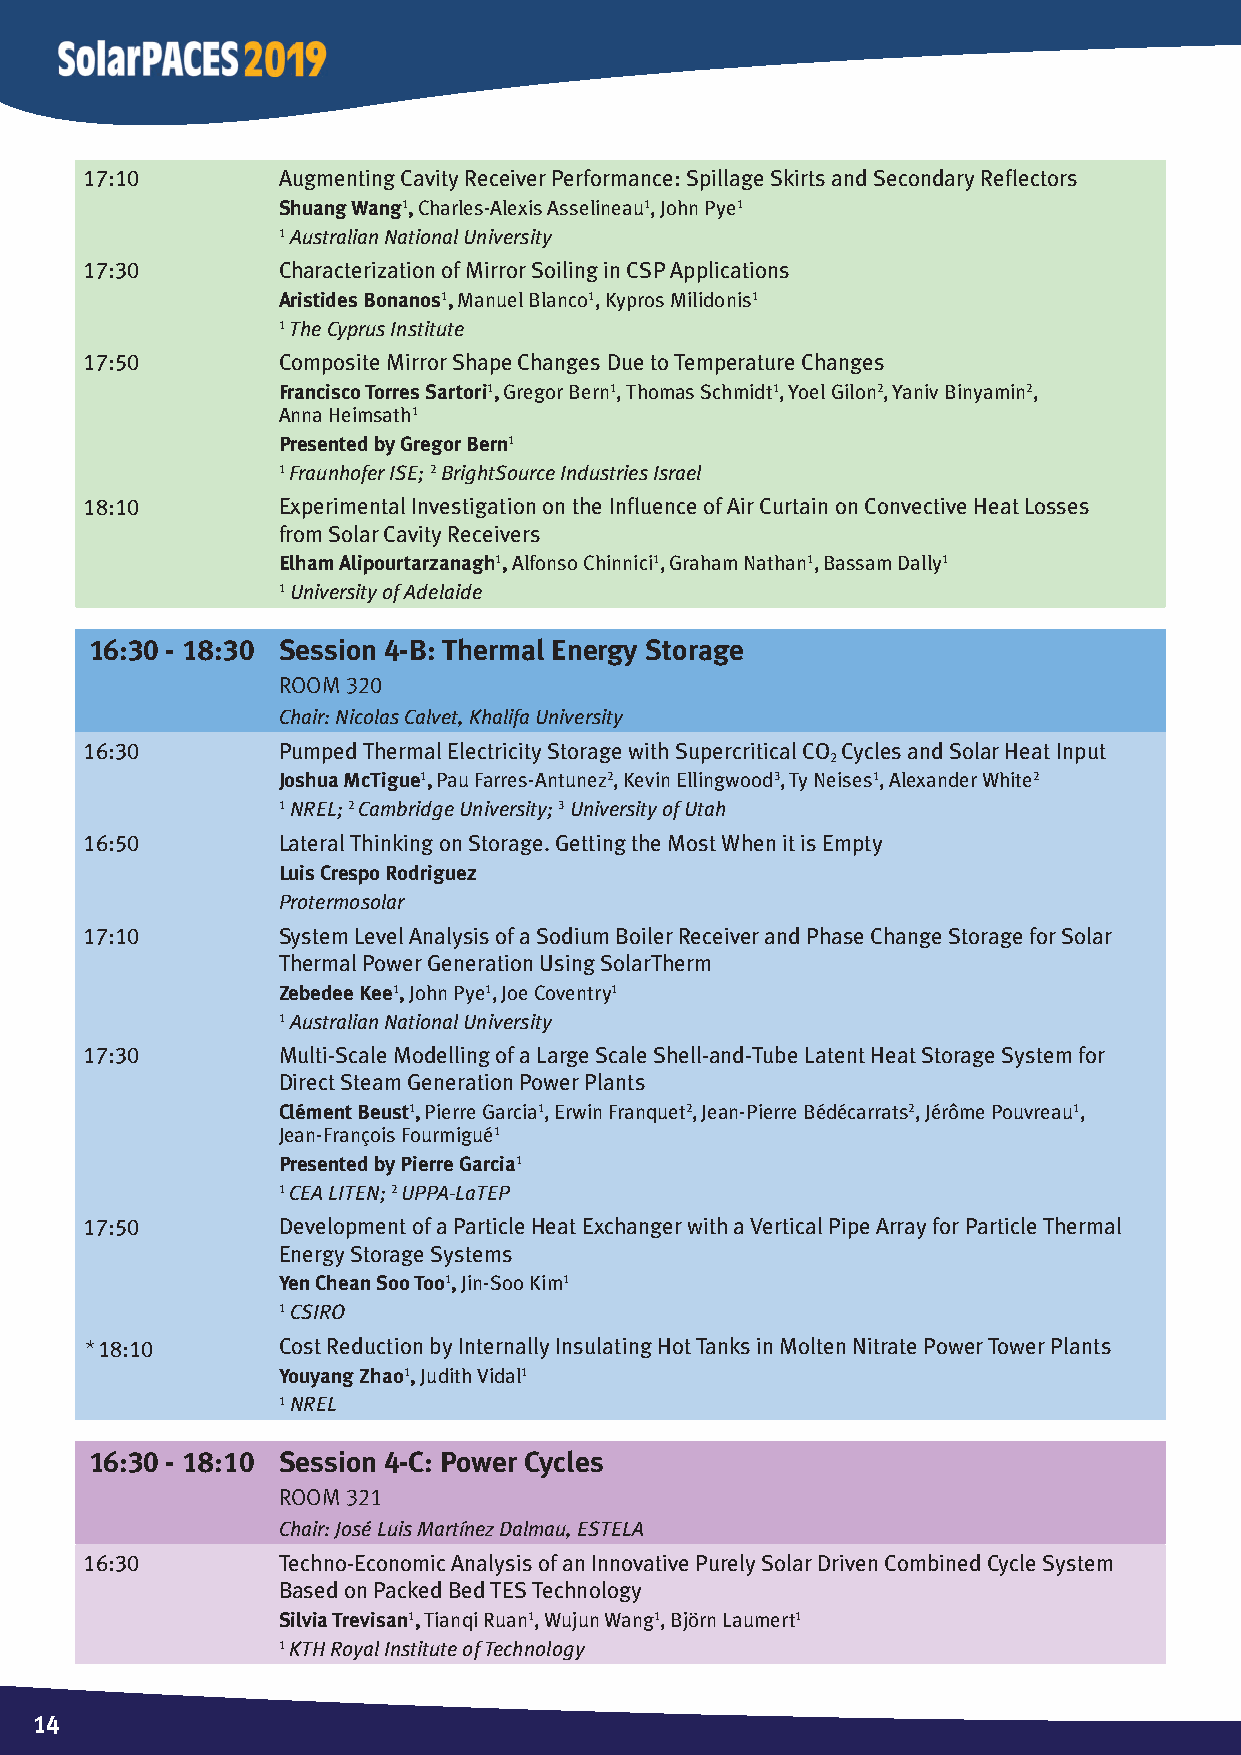
17:10        Augmenting Cavity Receiver Performance: Spillage Skirts and Secondary Refl ectors
 Shuang Wang1, Charles-Alexis Asselineau1, John Pye1
 1 Australian National University
 17:30        Characterization of Mirror Soiling in CSP Applications
 Aristides Bonanos1, Manuel Blanco1, Kypros Milidonis1
 1 The Cyprus Institute
 17:50        Composite Mirror Shape Changes Due to Temperature Changes
 Francisco Torres Sartori1, Gregor Bern1, Thomas Schmidt1, Yoel Gilon2, Yaniv Binyamin2,
 Anna Heimsath1
 Presented by Gregor Bern1
 1 Fraunhofer ISE; 2 BrightSource Industries Israel
 18:10        Experimental Investigation on the Infl uence of Air Curtain on Convective Heat Losses
 from Solar Cavity Receivers
 Elham Alipourtarzanagh1, Alfonso Chinnici1, Graham Nathan1, Bassam Dally1
 1 University of Adelaide
 16:30 - 18:30 Session 4-B: Thermal Energy Storage
 Room 320
 Chair: Nicolas Calvet, Khalifa University
 16:30        Pumped Thermal Electricity Storage with Supercritical CO Cycles and Solar Heat Input
 2
 Joshua McTigue1, Pau Farres-Antunez2, Kevin Ellingwood3, Ty Neises1, Alexander White2
 1 NREL; 2 Cambridge University; 3 University of Utah
 16:50        Lateral Thinking on Storage. Getting the Most When it is Empty
 Luis Crespo Rodriguez
 Protermosolar
 17:10        System Level Analysis of a Sodium Boiler Receiver and Phase Change Storage for Solar
 Thermal Power Generation Using SolarTherm
 Zebedee Kee1, John Pye1, Joe Coventry1
 1 Australian National University
 17:30        Multi-Scale Modelling of a Large Scale Shell-and-Tube Latent Heat Storage System for
 Direct Steam Generation Power Plants
 Clément Beust1, Pierre Garcia1, Erwin Franquet2, Jean-Pierre Bédécarrats2, Jérôme Pouvreau1,
 Jean-François Fourmigué1
 Presented by Pierre Garcia1
 1 CEA LITEN; 2 UPPA-LaTEP
 17:50        Development of a Particle Heat Exchanger with a Vertical Pipe Array for Particle Thermal
 Energy Storage Systems
 Yen Chean Soo Too1, Jin-Soo Kim1
 1 CSIRO
 *18:10       Cost Reduction by Internally Insulating Hot Tanks in Molten Nitrate Power Tower Plants
 Youyang Zhao1, Judith Vidal1
 1 NREL
 16:30 - 18:10 Session 4-C: Power Cycles
 Room 321
 Chair: José Luis Martínez Dalmau, ESTELA
 16:30        Techno-Economic Analysis of an Innovative Purely Solar Driven Combined Cycle System
 Based on Packed Bed TES Technology
 Silvia Trevisan1, Tianqi Ruan1, Wujun Wang1, Björn Laumert1
 1 KTH Royal Institute of Technology
 1144